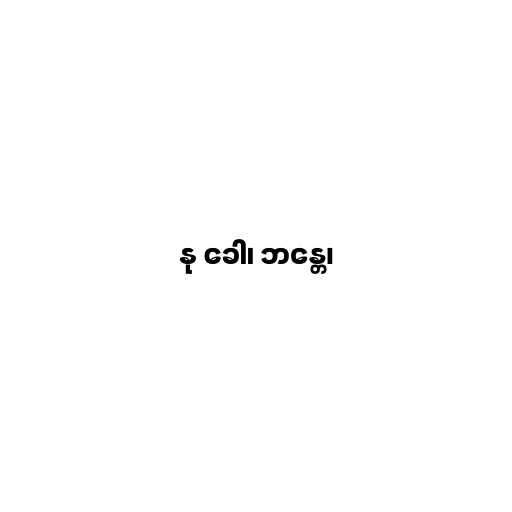
နု ခေါ၊ ဘန္တေ၊